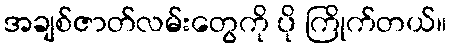
အချစ်ဇာတ်လမ်းတွေကို ပို ကြိုက်တယ်။